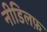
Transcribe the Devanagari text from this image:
नीडिलफ़